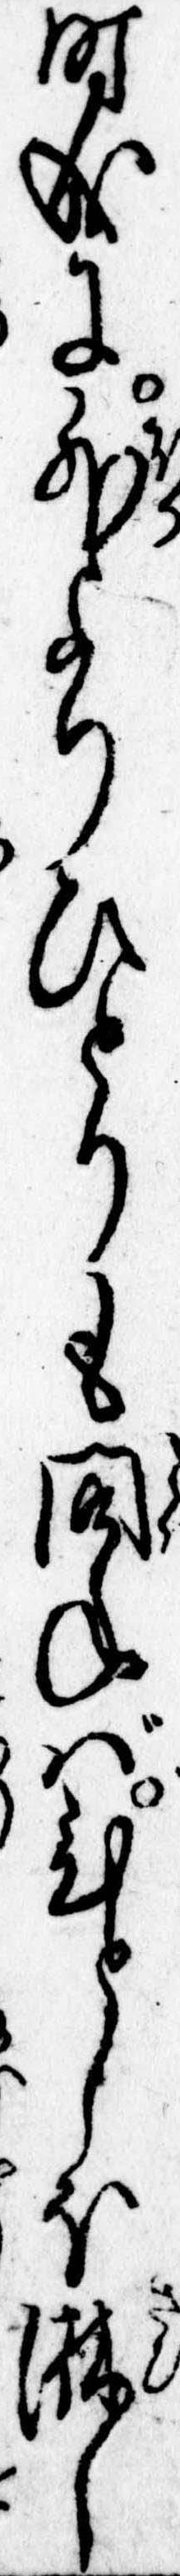
時成に外よりひとりも問ねばひとしほ淋し